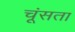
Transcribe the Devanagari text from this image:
चूंसता